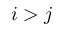
i > j